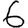
Digit: 6